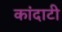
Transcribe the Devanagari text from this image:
कांदाटी